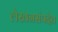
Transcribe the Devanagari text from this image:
लेखनसंपदेत